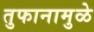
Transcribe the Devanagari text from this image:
तुफानामुळे